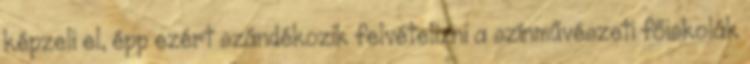
képzeli el, épp ezért szándékozik felvételizni a színművészeti főiskolák